Source: Handwritten
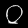
Digit: ၀ (0)